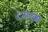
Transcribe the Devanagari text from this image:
८सख्य